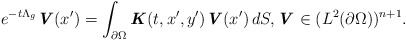
\begin{align*} e^{-t\Lambda_g} \textbf{\textit{V}}(x^{\prime}) = \int_{\partial \Omega} \textbf{\textit{K}}(t,x^{\prime},y^{\prime})\textbf{\textit{V}}(x^{\prime}) \,dS, \textbf{\textit{V}} \in (L^{2}(\partial \Omega))^{n+1}.\end{align*}